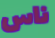
ناس